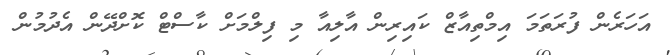
އަހަރެން ފުރަތަމަ އިމްތިއާޒް ކައިރިން އާލިއާ މި ފިލްމަށް ކާސްޓް ކޮށްދޭން އެދުމުން